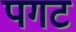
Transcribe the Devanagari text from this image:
पगट